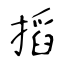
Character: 搯